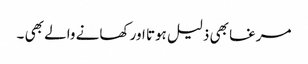
مرغا بھی ذلیل ہوتا اور کھانے والے بھی ۔